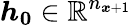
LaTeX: \boldsymbol{h_{0}}\in\mathbb{R}^{n_{\boldsymbol{x}+1}}